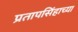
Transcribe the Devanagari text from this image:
प्रतापसिंहाच्या